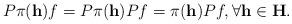
LaTeX: \begin{align*}P \pi(\mathbf{h}) f = P \pi(\mathbf{h}) P f = \pi(\mathbf{h}) P f, \forall \mathbf{h} \in \mathbf{H}.\end{align*}